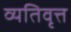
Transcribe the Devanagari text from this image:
व्यतिवृत्त